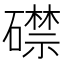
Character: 𥖜